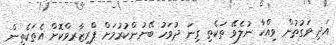
އަދި ވަގުތުން ވިއްކާ ނުލެވޭ ތަކެތި ގިނަ ދުވަހު ބޭނުންކުރުމަށް ޕްރިޒާރވްކޮށް އެތަކެތިން